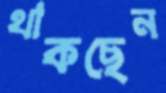
থাকছেন